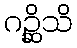
ဂဉ္ဆိသိ